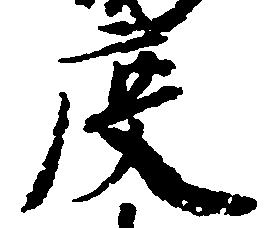
度